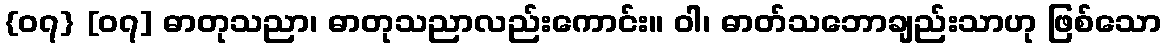
{၀၇} [၀၇] ဓာတုသညာ၊ ဓာတုသညာလည်းကောင်း။ ဝါ၊ ဓာတ်သဘောချည်းသာဟု ဖြစ်သော